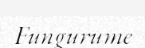
Fungurume